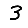
Digit: 3